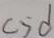
c > d